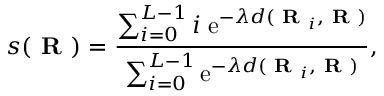
s ( \textbf { R } ) = \frac { \sum _ { i = 0 } ^ { L - 1 } i \; \mathrm { e } ^ { - \lambda d ( \textbf { R } _ { i } , \textbf { R } ) } } { \sum _ { i = 0 } ^ { L - 1 } \mathrm { e } ^ { - \lambda d ( \textbf { R } _ { i } , \textbf { R } ) } } ,